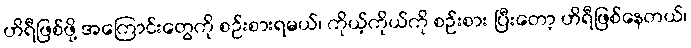
ဟိရီဖြစ်ဖို့ အကြောင်းတွေကို စဉ်းစားရမယ်၊ ကိုယ့်ကိုယ်ကို စဉ်းစား ပြီးတော့ ဟိရီဖြစ်နေတယ်၊